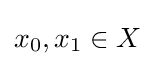
x_{0},x_{1}\in X